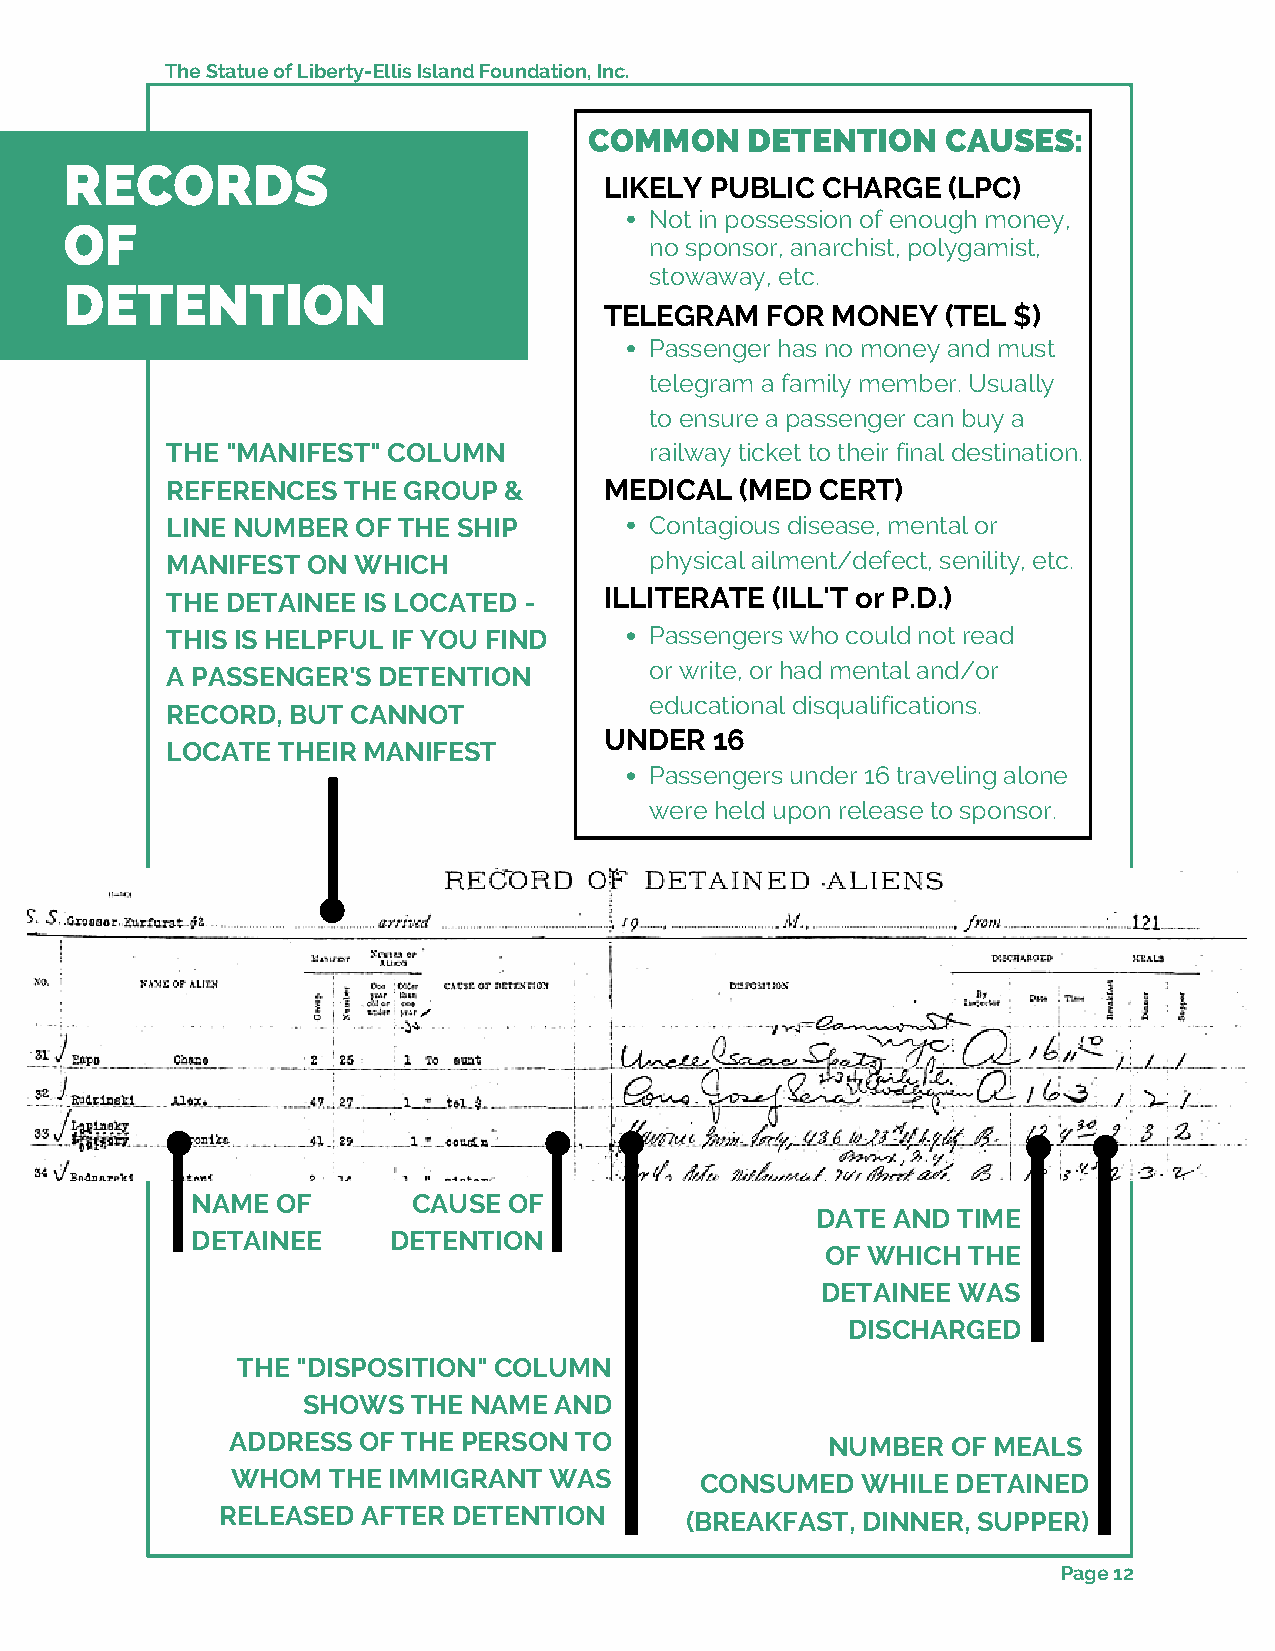
The Statue of Liberty-Ellis Island Foundation, Inc.
 COMMON    DETENTION     CAUSES:
 RECORDS
 LIKELY PUBLIC CHARGE   (LPC)
 Not in possession of enough money,
 OF
 no sponsor, anarchist, polygamist,
 stowaway, etc.
 DETENTION
 TELEGRAM   FOR MONEY   (TEL $)
 Passenger has no money and must
 telegram a family member. Usually
 to ensure a passenger can buy a
 THE "MANIFEST" COLUMN           railway ticket to their final destination.
 REFERENCES  THE GROUP &      MEDICAL  (MED CERT)
 LINE NUMBER  OF THE SHIP        Contagious disease, mental or
 MANIFEST ON WHICH               physical ailment/defect, senility, etc.
 THE DETAINEE IS LOCATED -    ILLITERATE (ILL'T or P.D.)
 THIS IS HELPFUL IF YOU FIND     Passengers who could not read
 A PASSENGER'S DETENTION         or write, or had mental and/or
 educational disqualifications.
 RECORD, BUT CANNOT
 UNDER  16
 LOCATE THEIR MANIFEST
 Passengers under 16 traveling alone
 were held upon release to sponsor.
 NAME OF       CAUSE  OF
 DATE AND TIME
 DETAINEE     DETENTION
 OF WHICH THE
 DETAINEE WAS
 DISCHARGED
 THE "DISPOSITION" COLUMN
 SHOWS  THE NAME  AND
 ADDRESS  OF THE PERSON TO               NUMBER  OF MEALS
 WHOM   THE IMMIGRANT WAS       CONSUMED   WHILE DETAINED
 RELEASED  AFTER DETENTION      (BREAKFAST, DINNER, SUPPER)
 Page 12